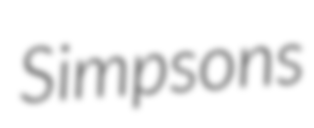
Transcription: Simpsons